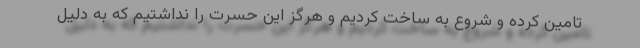
تامین کرده و شروع به ساخت کردیم و هرگز این حسرت را نداشتیم که به دلیل